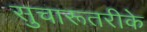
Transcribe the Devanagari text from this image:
सुचारूतरीके